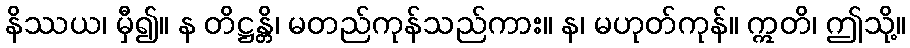
နိဿယ၊ မှီ၍။ န တိဋ္ဌန္တိ၊ မတည်ကုန်သည်ကား။ န၊ မဟုတ်ကုန်။ ဣတိ၊ ဤသို့။